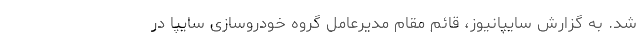
شد. به گزارش سایپانیوز، قائم مقام مدیرعامل گروه خودروسازی سایپا در